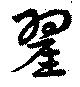
翟